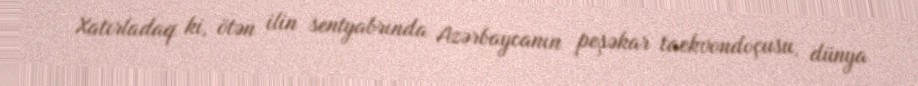
Xatırladaq ki, ötən ilin sentyabrında Azərbaycanın peşəkar taekvondoçusu, dünya